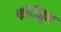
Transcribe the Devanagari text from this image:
कोटीतून